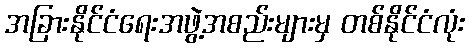
အခြားနိုင်ငံရေးအဖွဲ့အစည်းများမှ တစ်နိုင်ငံလုံး